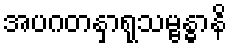
အပဂတနှာရုသမ္ဗန္ဓာနိ